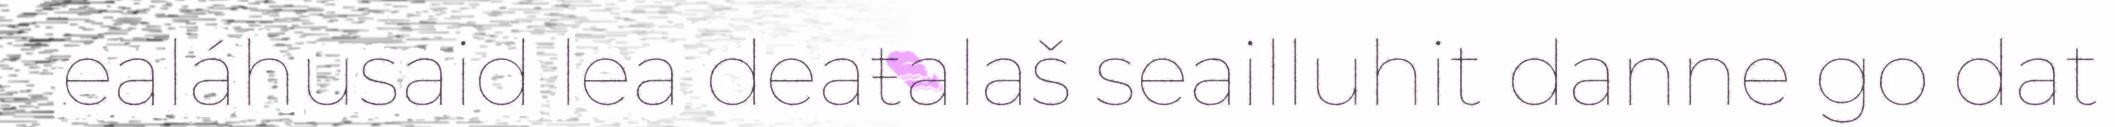
ealáhusaid lea deaŧalaš seailluhit danne go dat